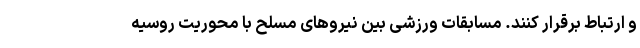
و ارتباط برقرار کنند. مسابقات ورزشی بین نیروهای مسلح با محوریت روسیه